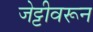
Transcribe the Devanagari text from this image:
जेट्टीवरून